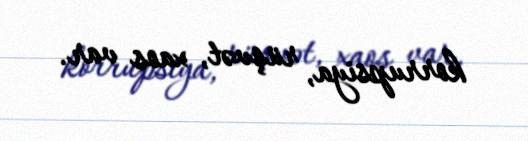
korrupsiya, rüşvət, xaos var.